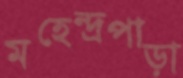
মহেন্দ্রপাড়া